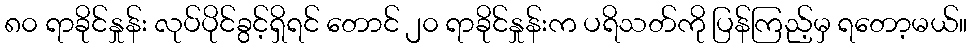
၈၀ ရာခိုင်နှုန်း လုပ်ပိုင်ခွင့်ရှိရင် တောင် ၂၀ ရာခိုင်နှုန်းက ပရိသတ်ကို ပြန်ကြည့်မှ ရတော့မယ်။